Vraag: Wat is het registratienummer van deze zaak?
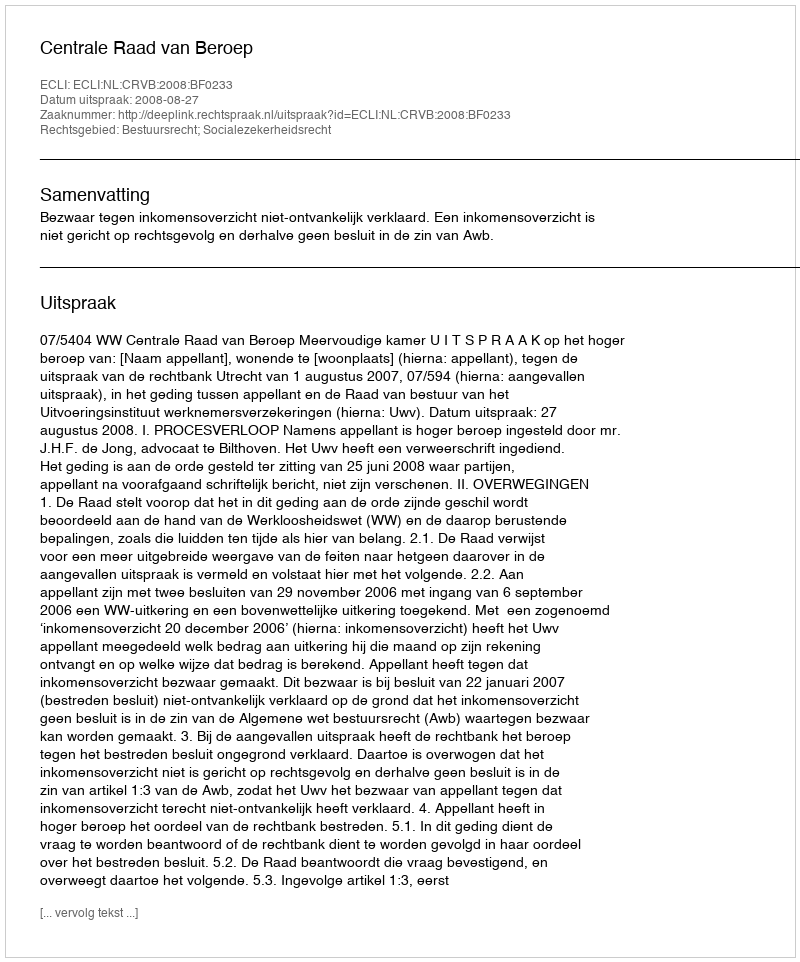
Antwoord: http://deeplink.rechtspraak.nl/uitspraak?id=ECLI:NL:CRVB:2008:BF0233